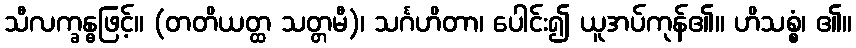
သီလက္ခန္ဓဖြင့်။ (တတိယတ္ထ သတ္တမီ)၊ သင်္ဂဟိတာ၊ ပေါင်း၍ ယူအပ်ကုန်၏။ ဟိသစ္စံ၊ ၏။